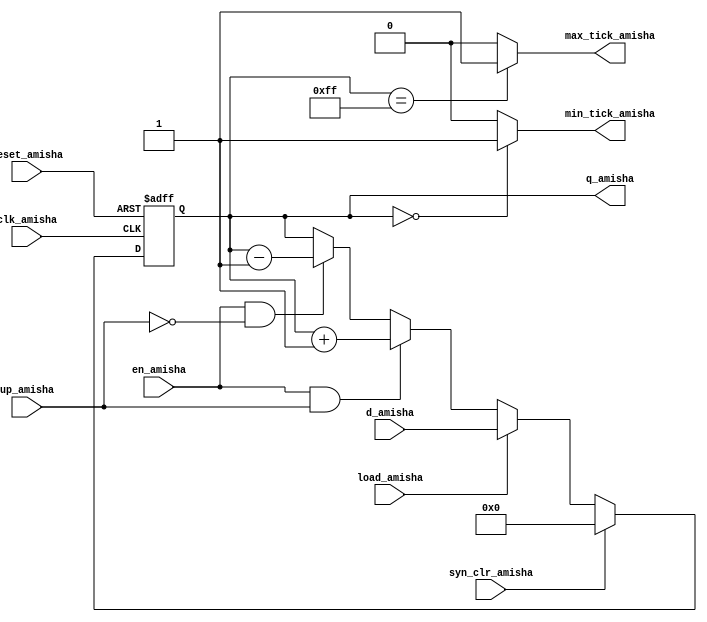
`timescale 1ns / 1ps
//////////////////////////////////////////////////////////////////////////////////
// Company: 
// Engineer: 
// 
// Design Name: 
// Module Name:    univ_bin_counter_Amisha 
// Project Name: 
// Target Devices: 
// Tool versions: 
// Description: 
//
// Dependencies: 
//
// Revision: 
// Revision 0.01 - File Created
// Additional Comments: 
//
//////////////////////////////////////////////////////////////////////////////////
module univ_bin_counter_Amisha
#( parameter N_amisha = 8)
(
    input clk_amisha,
    input reset_amisha,
    input syn_clr_amisha,
    input load_amisha,
    input en_amisha,
    input up_amisha,
    input [N_amisha-1: 0] d_amisha,
    output max_tick_amisha,
    output min_tick_amisha,
    output [N_amisha-1: 0] q_amisha
    );
	 
	 reg [N_amisha-1: 0] r_reg_amisha, r_next_amisha;
	 
	 always @(posedge clk_amisha, posedge reset_amisha)
	 if (reset_amisha)
	 r_reg_amisha <= 0;
	 else
	 r_reg_amisha <= r_next_amisha;
	 
	 always @*
	 if (syn_clr_amisha)
	 r_next_amisha = 0;
	 else if (load_amisha)
	 r_next_amisha = d_amisha;
	 else if (en_amisha & up_amisha)
	 r_next_amisha = r_reg_amisha + 1;
	 else if (en_amisha & ~up_amisha)
	 r_next_amisha = r_reg_amisha - 1;
	 else
	 r_next_amisha = r_reg_amisha;
	 
	 assign q_amisha = r_reg_amisha;
	 assign max_tick_amisha = (r_reg_amisha == 2**N_amisha-1) ? 1'b1 : 1'b0;
	 assign min_tick_amisha = (r_reg_amisha == 0) ? 1'b1 : 1'b0;
endmodule